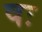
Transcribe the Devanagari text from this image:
षः